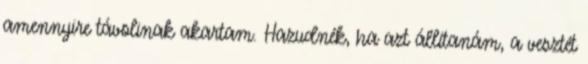
amennyire távolinak akartam. Hazudnék, ha azt állítanám, a vesztét